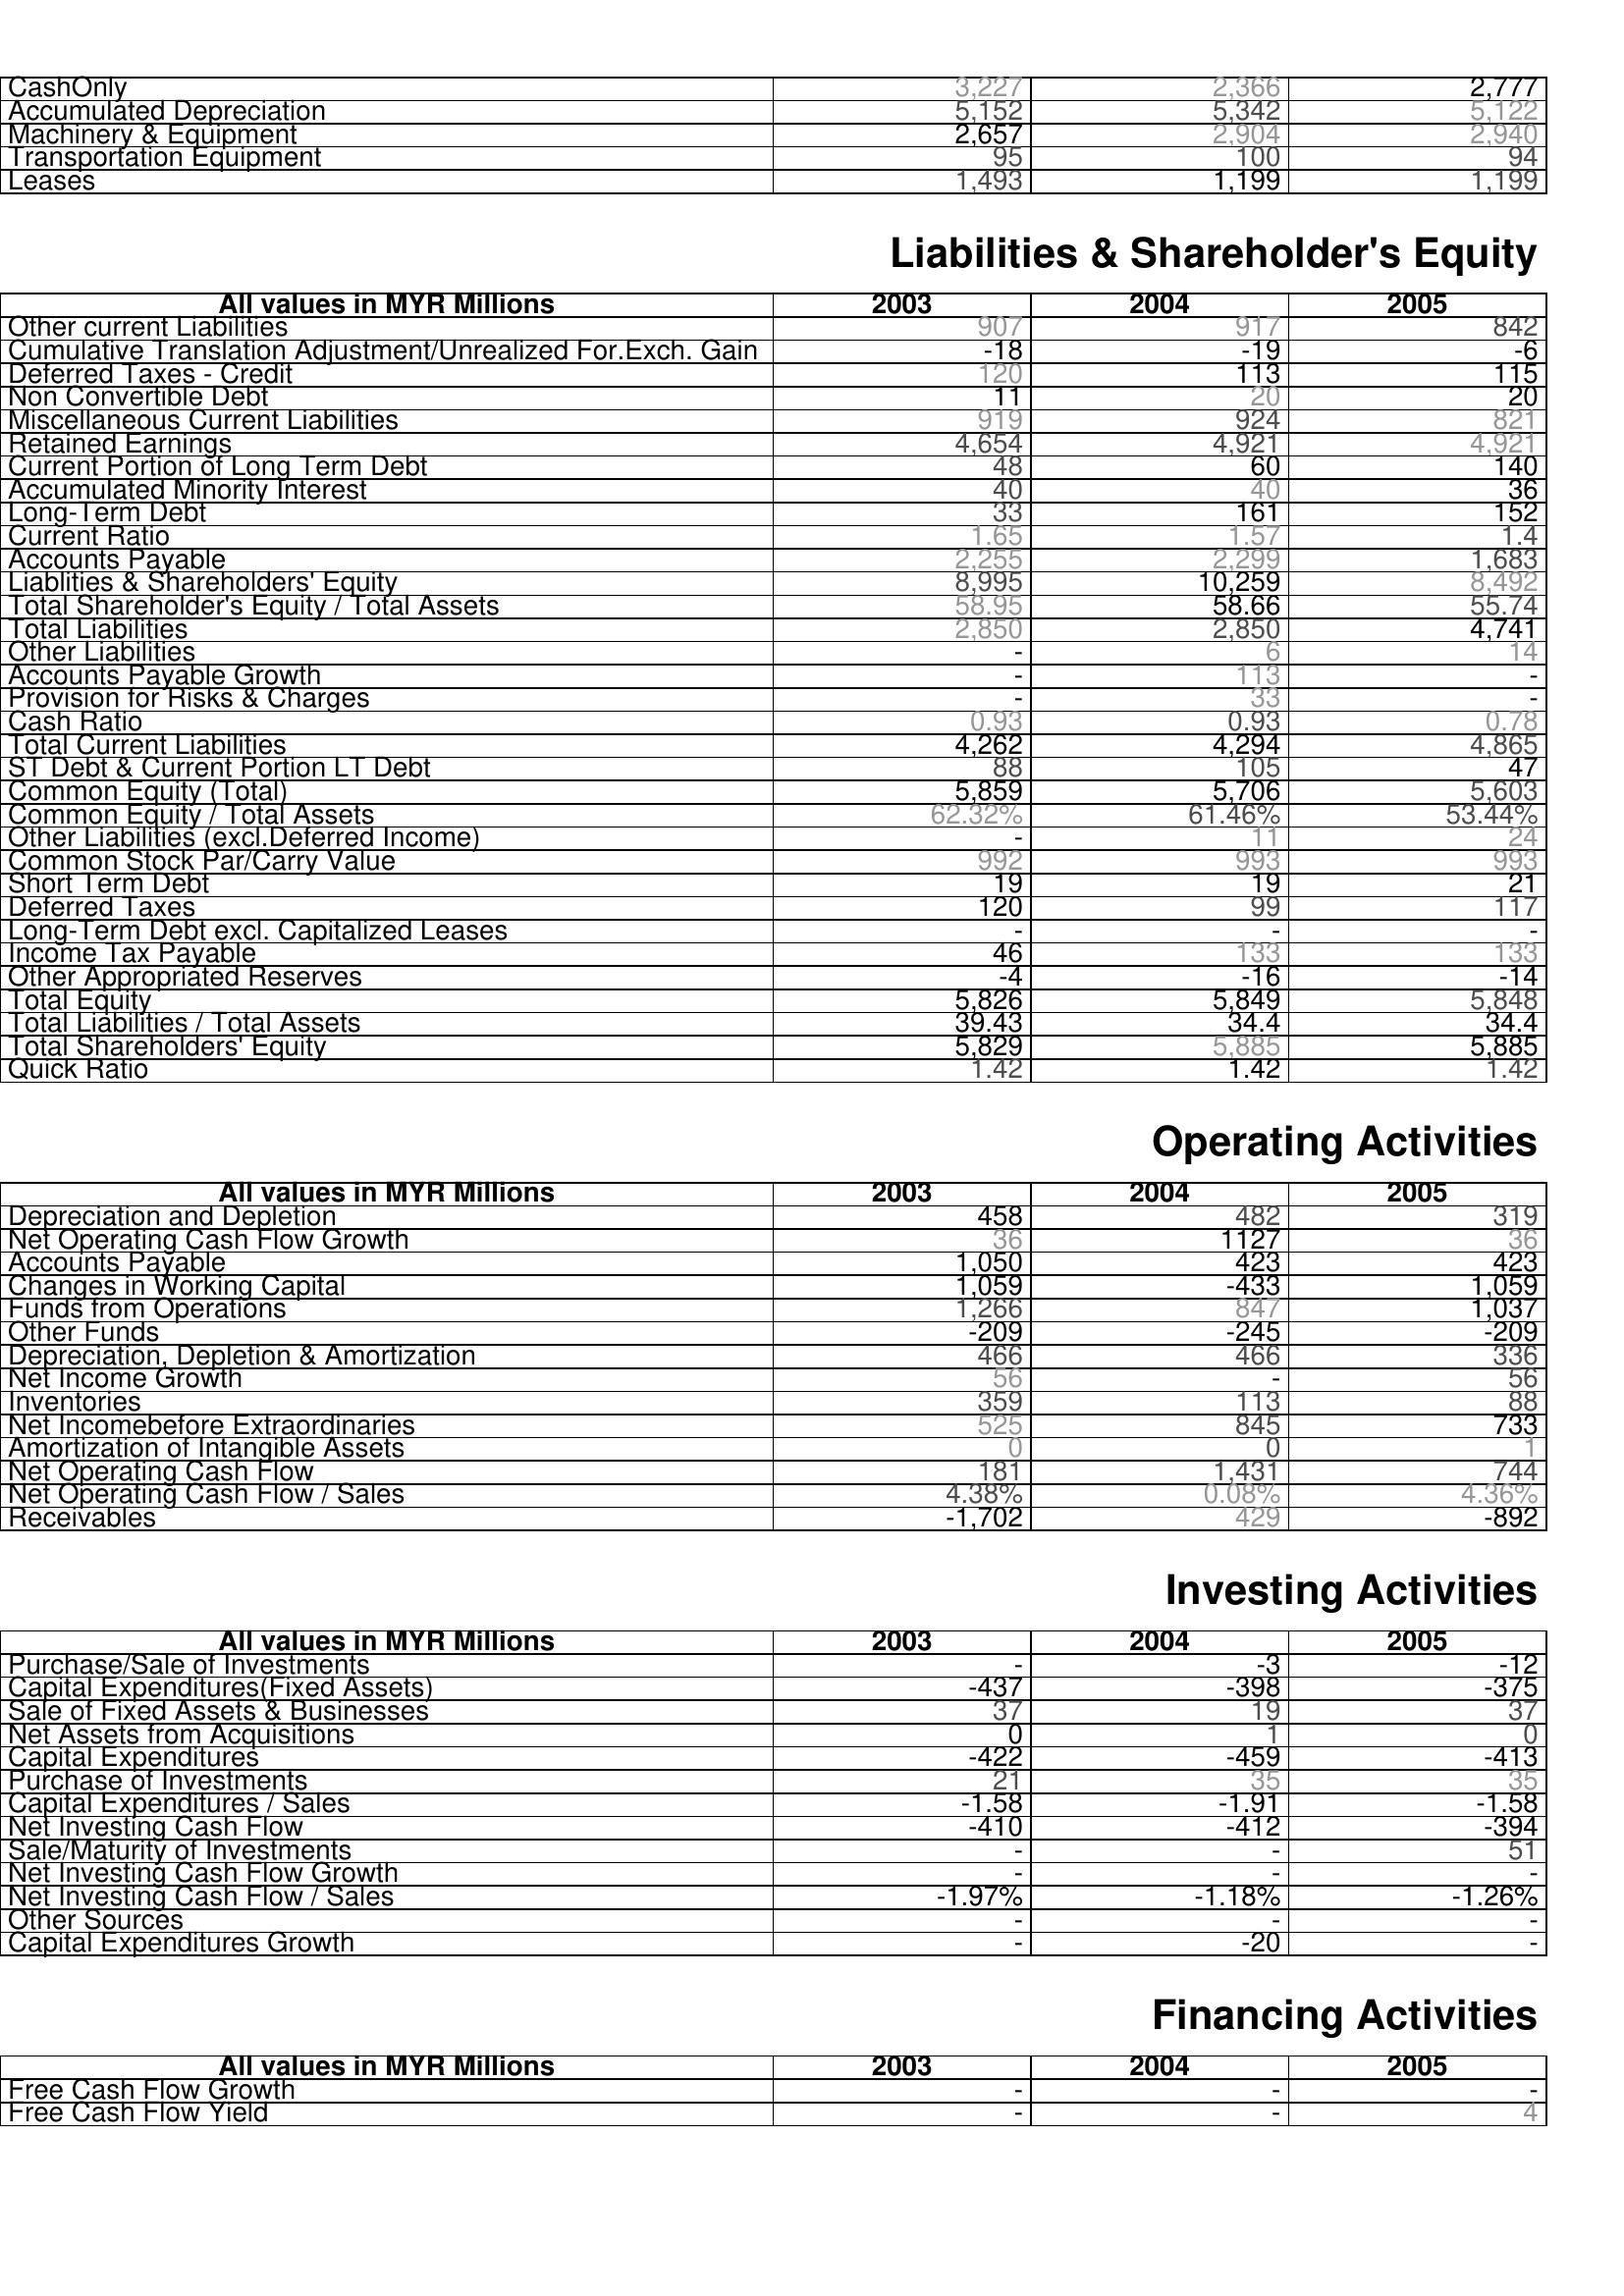
2003: Assets: CashOnly: 3,227
Accumulated Depreciation: 5,152
Machinery & Equipment: 2,657
Transportation Equipment: 95
Leases: 1,493
Liabilities & Shareholder's Equity: Other current Liabilities: 907
Cumulative Translation Adjustment/Unrealized For.Exch. Gain: -18
Deferred Taxes - Credit: 120
Non Convertible Debt: 11
Miscellaneous Current Liabilities: 919
Retained Earnings: 4,654
Current Portion of Long Term Debt: 48
Accumulated Minority Interest: 40
Long-Term Debt: 33
Current Ratio: 1.65
Accounts Payable: 2,255
Liablities & Shareholders' Equity: 8,995
Total Shareholder's Equity / Total Assets: 58.95
Total Liabilities: 2,850
Other Liabilities: -
Accounts Payable Growth: -
Provision for Risks & Charges: -
Cash Ratio: 0.93
Total Current Liabilities: 4,262
ST Debt & Current Portion LT Debt: 88
Common Equity (Total): 5,859
Common Equity / Total Assets: 62.32%
Other Liabilities (excl.Deferred Income): -
Common Stock Par/Carry Value: 992
Short Term Debt: 19
Deferred Taxes: 120
Long-Term Debt excl. Capitalized Leases: -
Income Tax Payable: 46
Other Appropriated Reserves: -4
Total Equity: 5,826
Total Liabilities / Total Assets: 39.43
Total Shareholders' Equity: 5,829
Quick Ratio: 1.42
Operating Activities: Depreciation and Depletion: 458
Net Operating Cash Flow Growth: 36
Accounts Payable: 1,050
Changes in Working Capital: 1,059
Funds from Operations: 1,266
Other Funds: -209
Depreciation, Depletion & Amortization: 466
Net Income Growth: 56
Inventories: 359
Net Incomebefore Extraordinaries: 525
Amortization of Intangible Assets: 0
Net Operating Cash Flow: 181
Net Operating Cash Flow / Sales: 4.38%
Receivables: -1,702
Investing Activities: Purchase/Sale of Investments: -
Capital Expenditures(Fixed Assets): -437
Sale of Fixed Assets & Businesses: 37
Net Assets from Acquisitions: 0
Capital Expenditures: -422
Purchase of Investments: 21
Capital Expenditures / Sales: -1.58
Net Investing Cash Flow: -410
Sale/Maturity of Investments: -
Net Investing Cash Flow Growth: -
Net Investing Cash Flow / Sales: -1.97%
Other Sources: -
Capital Expenditures Growth: -
Financing Activities: Free Cash Flow Growth: -
Free Cash Flow Yield: -
2004: Assets: CashOnly: 2,366
Accumulated Depreciation: 5,342
Machinery & Equipment: 2,904
Transportation Equipment: 100
Leases: 1,199
Liabilities & Shareholder's Equity: Other current Liabilities: 917
Cumulative Translation Adjustment/Unrealized For.Exch. Gain: -19
Deferred Taxes - Credit: 113
Non Convertible Debt: 20
Miscellaneous Current Liabilities: 924
Retained Earnings: 4,921
Current Portion of Long Term Debt: 60
Accumulated Minority Interest: 40
Long-Term Debt: 161
Current Ratio: 1.57
Accounts Payable: 2,299
Liablities & Shareholders' Equity: 10,259
Total Shareholder's Equity / Total Assets: 58.66
Total Liabilities: 2,850
Other Liabilities: 6
Accounts Payable Growth: 113
Provision for Risks & Charges: 33
Cash Ratio: 0.93
Total Current Liabilities: 4,294
ST Debt & Current Portion LT Debt: 105
Common Equity (Total): 5,706
Common Equity / Total Assets: 61.46%
Other Liabilities (excl.Deferred Income): 11
Common Stock Par/Carry Value: 993
Short Term Debt: 19
Deferred Taxes: 99
Long-Term Debt excl. Capitalized Leases: -
Income Tax Payable: 133
Other Appropriated Reserves: -16
Total Equity: 5,849
Total Liabilities / Total Assets: 34.4
Total Shareholders' Equity: 5,885
Quick Ratio: 1.42
Operating Activities: Depreciation and Depletion: 482
Net Operating Cash Flow Growth: 1127
Accounts Payable: 423
Changes in Working Capital: -433
Funds from Operations: 847
Other Funds: -245
Depreciation, Depletion & Amortization: 466
Net Income Growth: -
Inventories: 113
Net Incomebefore Extraordinaries: 845
Amortization of Intangible Assets: 0
Net Operating Cash Flow: 1,431
Net Operating Cash Flow / Sales: 0.08%
Receivables: 429
Investing Activities: Purchase/Sale of Investments: -3
Capital Expenditures(Fixed Assets): -398
Sale of Fixed Assets & Businesses: 19
Net Assets from Acquisitions: 1
Capital Expenditures: -459
Purchase of Investments: 35
Capital Expenditures / Sales: -1.91
Net Investing Cash Flow: -412
Sale/Maturity of Investments: -
Net Investing Cash Flow Growth: -
Net Investing Cash Flow / Sales: -1.18%
Other Sources: -
Capital Expenditures Growth: -20
Financing Activities: Free Cash Flow Growth: -
Free Cash Flow Yield: -
2005: Assets: CashOnly: 2,777
Accumulated Depreciation: 5,122
Machinery & Equipment: 2,940
Transportation Equipment: 94
Leases: 1,199
Liabilities & Shareholder's Equity: Other current Liabilities: 842
Cumulative Translation Adjustment/Unrealized For.Exch. Gain: -6
Deferred Taxes - Credit: 115
Non Convertible Debt: 20
Miscellaneous Current Liabilities: 821
Retained Earnings: 4,921
Current Portion of Long Term Debt: 140
Accumulated Minority Interest: 36
Long-Term Debt: 152
Current Ratio: 1.4
Accounts Payable: 1,683
Liablities & Shareholders' Equity: 8,492
Total Shareholder's Equity / Total Assets: 55.74
Total Liabilities: 4,741
Other Liabilities: 14
Accounts Payable Growth: -
Provision for Risks & Charges: -
Cash Ratio: 0.78
Total Current Liabilities: 4,865
ST Debt & Current Portion LT Debt: 47
Common Equity (Total): 5,603
Common Equity / Total Assets: 53.44%
Other Liabilities (excl.Deferred Income): 24
Common Stock Par/Carry Value: 993
Short Term Debt: 21
Deferred Taxes: 117
Long-Term Debt excl. Capitalized Leases: -
Income Tax Payable: 133
Other Appropriated Reserves: -14
Total Equity: 5,848
Total Liabilities / Total Assets: 34.4
Total Shareholders' Equity: 5,885
Quick Ratio: 1.42
Operating Activities: Depreciation and Depletion: 319
Net Operating Cash Flow Growth: 36
Accounts Payable: 423
Changes in Working Capital: 1,059
Funds from Operations: 1,037
Other Funds: -209
Depreciation, Depletion & Amortization: 336
Net Income Growth: 56
Inventories: 88
Net Incomebefore Extraordinaries: 733
Amortization of Intangible Assets: 1
Net Operating Cash Flow: 744
Net Operating Cash Flow / Sales: 4.36%
Receivables: -892
Investing Activities: Purchase/Sale of Investments: -12
Capital Expenditures(Fixed Assets): -375
Sale of Fixed Assets & Businesses: 37
Net Assets from Acquisitions: 0
Capital Expenditures: -413
Purchase of Investments: 35
Capital Expenditures / Sales: -1.58
Net Investing Cash Flow: -394
Sale/Maturity of Investments: 51
Net Investing Cash Flow Growth: -
Net Investing Cash Flow / Sales: -1.26%
Other Sources: -
Capital Expenditures Growth: -
Financing Activities: Free Cash Flow Growth: -
Free Cash Flow Yield: 4